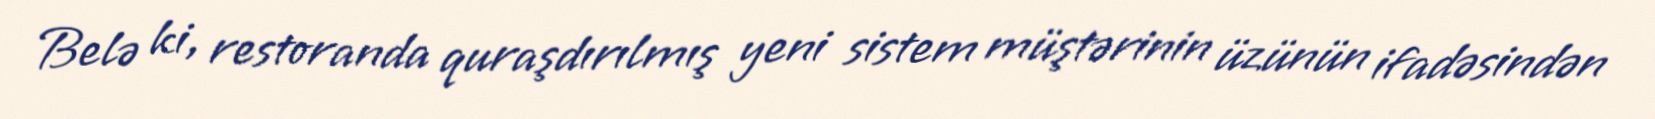
Belə ki, restoranda quraşdırılmış yeni sistem müştərinin üzünün ifadəsindən